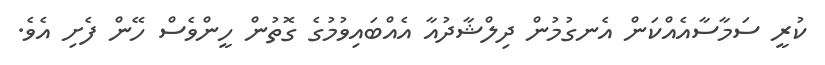
ކުރީ ސަމާސާއެއްކަން އެނގުމުން ދިލްޝާދުއާ އެއްބައިވުމުގެ ގޮތުން ހީންވެސް ހޭން ފެށި އެވެ.